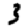
Digit: 3